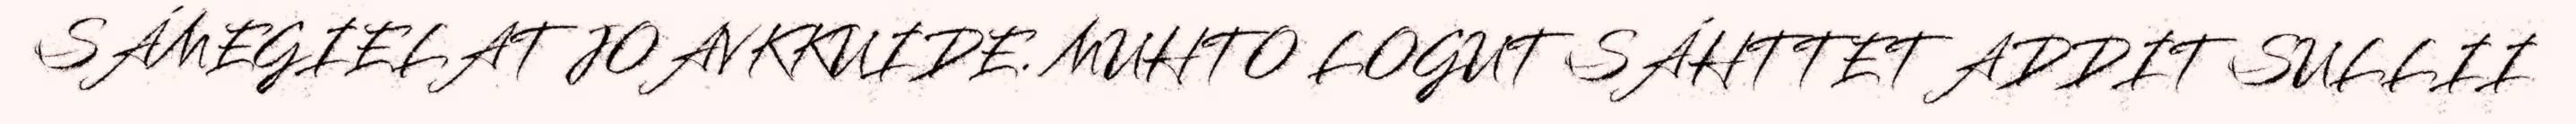
SÁMEGIELAT JOAVKKUIDE. MUHTO LOGUT SÁHTTET ADDIT SULLII